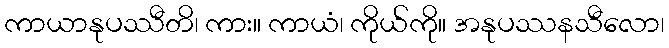
ကာယာနုပဿီတိ၊ ကား။ ကာယံ၊ ကိုယ်ကို။ အနုပဿနသီလော၊